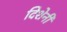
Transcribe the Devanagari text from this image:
दिशेनी